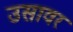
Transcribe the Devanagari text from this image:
उसावर